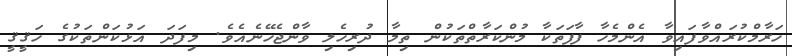
ހަރާމްކުރައްވާފައިވާ އެންމެހާ ފާފަތަކާ މުންކަރާތްތަކުން ތިމާ ދުރިހެލި ވާންޖެހޭނެއެވެ. މިފަދަ އަޅުކަންތަކުގެ ހަޤީޤީ